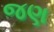
જણ